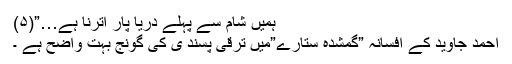
ہمیں شام سے پہلے دریا پار اترنا ہے…”(۵)
احمد جاوید کے افسانہ ”گمشدہ ستارے”میں ترقی پسند ی کی گونج بہت واضح ہے ۔